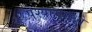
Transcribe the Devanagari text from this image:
पेश्याभमध्ये